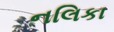
નલિકા